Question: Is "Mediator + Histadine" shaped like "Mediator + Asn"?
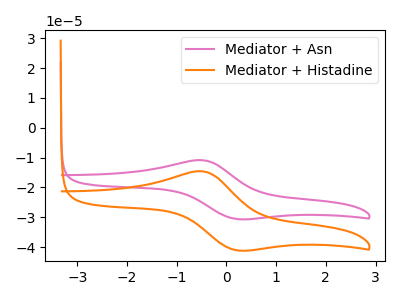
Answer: <think>The pink curve "Mediator + Asn" has an anodic peak at (-0.50V, -10.90uA) and a cathodic peak at (0.20V, -30.60uA). The orange curve "Mediator + Histadine" has an anodic peak at (-0.50V, -14.60uA) and a cathodic peak at (0.20V, -41.05uA).
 All the peaks in "Mediator + Histadine" have a peak in "Mediator + Asn" at the same potential.</think>
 <answer>"Mediator + Histadine" and "Mediator + Asn" are similar in shape.</answer>
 <eval>same_shape</eval>